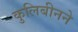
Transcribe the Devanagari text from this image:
कुलिबीनने